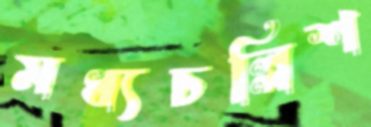
মধ্যচল্লিশ